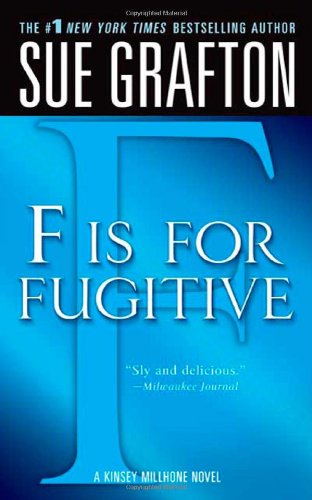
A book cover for "F" is for Fugitive (Kinsey Millhone Alphabet Mysteries); Sue Grafton; Mystery, Thriller & Suspense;